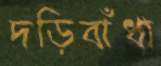
দড়িবাঁধা